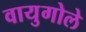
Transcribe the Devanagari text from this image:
वायुगोले